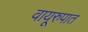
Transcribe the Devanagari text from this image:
वायूरुपात